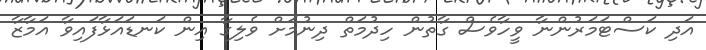
އަދި ކަސްޓަމަރުންނާ ވީހާވެސް ގާތުން ހިދުމަތް ދިނުމަށް ވެލިގާ އިން ކަނޑައަޅާފައިވާ އަމާޒާ